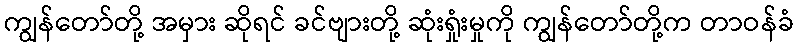
ကျွန်တော်တို့ အမှား ဆိုရင် ခင်ဗျားတို့ ဆုံးရှုံးမှုကို ကျွန်တော်တို့က တာဝန်ခံ